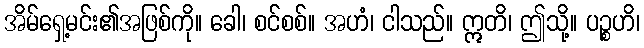
အိမ်ရှေ့မင်း၏အဖြစ်ကို။ ခေါ၊ စင်စစ်။ အဟံ၊ ငါသည်။ ဣတိ၊ ဤသို့။ ပဉ္စဟိ၊